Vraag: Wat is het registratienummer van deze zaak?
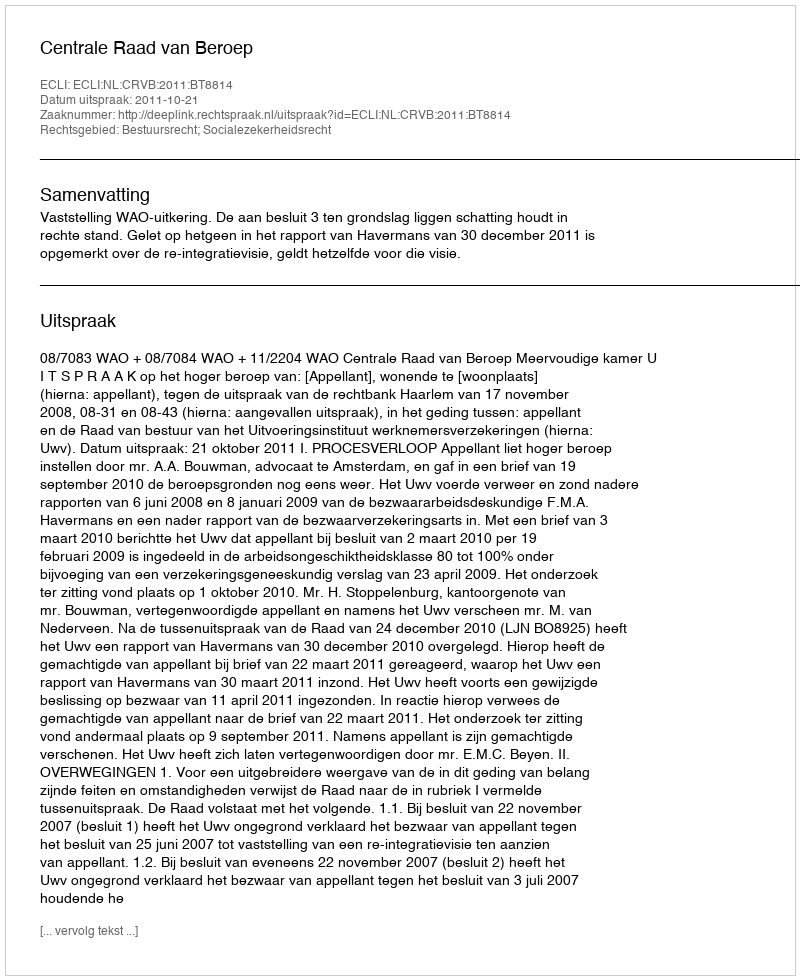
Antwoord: http://deeplink.rechtspraak.nl/uitspraak?id=ECLI:NL:CRVB:2011:BT8814